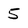
Character: 5